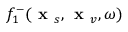
f _ { 1 } ^ { - } ( \textbf { x } _ { s } , \textbf { x } _ { v } , \omega )